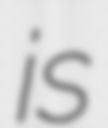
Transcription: is